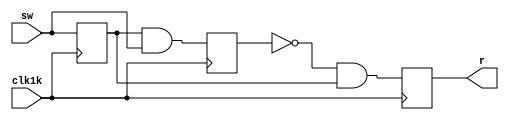
module StateMachineR(sw,clk1k,r);
	input sw, clk1k;
	output reg r;
	//Declare inputs and output.
	
	reg s[1:0];
	//Declare the state registers.
	
	always@(posedge clk1k) begin
		s[1] <= s[0] & sw;
		s[0] <= sw;
		r    <= ~s[1] & s[0];
	end
	//Set the values of the state
	//registers and output.
	
endmodule